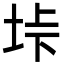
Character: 垰